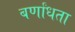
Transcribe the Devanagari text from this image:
बर्णांधता